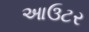
આઉટર